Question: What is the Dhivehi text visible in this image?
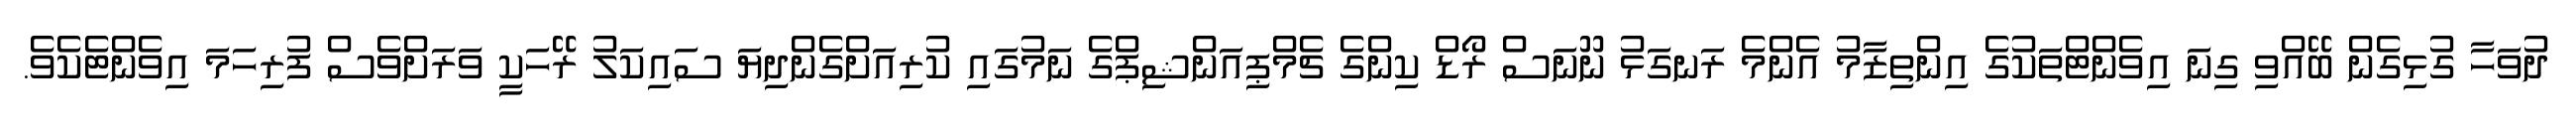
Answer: ދުވަހާ ގުޅިގެން ބޭއްވި ގިނަ އިވެންޓްތަކުގެ އިންތިޒާމު އެންމެ ރަނގަޅު ނޫނަސް ރޯޑް ކިންގެ ޗެމްޕިއަންޝިޕްގެ ނަމުގައި ކުރިއަށްގެންދިޔަ ސައިކަލު ރޭހަކީ ވަރަށްވެސް ފުރިހަމަ އިވެންޓެކެވެ.